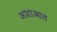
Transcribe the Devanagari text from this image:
अशाआत